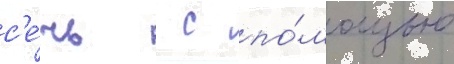
с'е́чь  с по́мощью